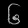
Digit: ၆